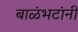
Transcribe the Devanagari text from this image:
बाळंभटांनी